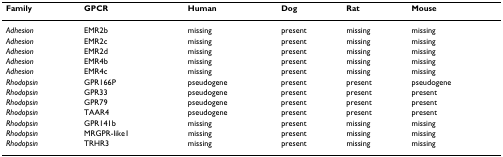
| Family | GPCR | Human | Dog | Rat | Mouse |
 | --- | --- | --- | --- | --- | --- |
 | Adhesion | EMR2b | missing | present | missing | missing |
 | Adhesion | EMR2c | missing | present | missing | missing |
 | Adhesion | EMR2d | missing | present | missing | missing |
 | Adhesion | EMR4b | missing | present | missing | missing |
 | Adhesion | EMR4c | missing | present | missing | missing |
 | Rhodopsin | GPR166P | pseudogene | present | present | pseudogene |
 | Rhodopsin | GPR33 | pseudogene | present | present | present |
 | Rhodopsin | GPR79 | pseudogene | present | present | present |
 | Rhodopsin | TAAR4 | pseudogene | present | present | present |
 | Rhodopsin | GPR141b | missing | present | missing | missing |
 | Rhodopsin | MRGPR-like1 | missing | present | missing | missing |
 | Rhodopsin | TRHR3 | missing | present | missing | missing |